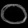
Digit: ၀